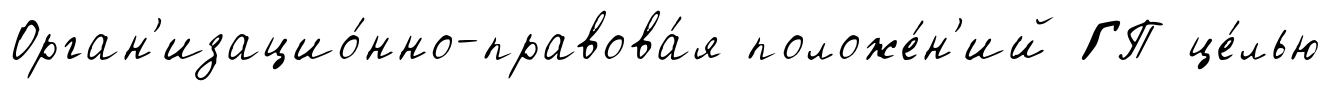
Орган'изацио́нно-правова́я положе́н'ий ГП це́лью